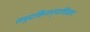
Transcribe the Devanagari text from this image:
समुद्रकिनार्‍यांशिवाय